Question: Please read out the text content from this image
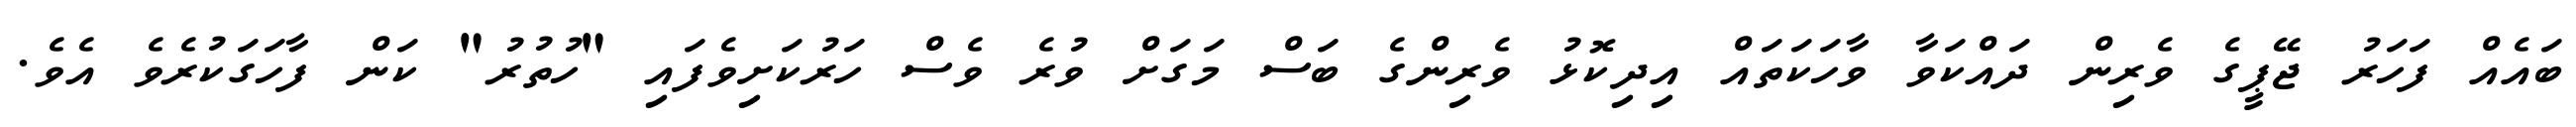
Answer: ބައެއް ފަހަރު ޖޭޕީގެ ވެރިން ދައްކަވާ ވާހަކަތައް އިދިކޮޅު ވެރިންގެ ބަސް މަގަށް ވުރެ ވެސް ހަރުކަށިވެފައި "ހުތުރު" ކަން ފާހަގަކުރެވެ އެވެ.